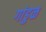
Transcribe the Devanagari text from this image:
गांडुळ